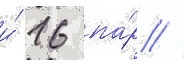
и́ 16 па́р //